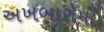
અખબારોમાઁ